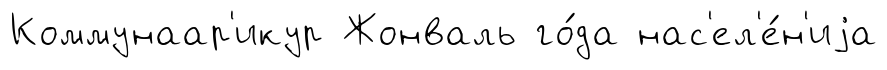
Коммунаар'икур Жонваль го́да нас'ел'е́н'иjа